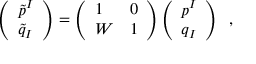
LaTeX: \left( \begin{array} { l } { { \tilde { p } ^ { I } } } \\ { { \tilde { q } _ { I } } } \end{array} \right) = \left( \begin{array} { l l } { { 1 } } & { { 0 } } \\ { { W } } & { { 1 } } \end{array} \right) \left( \begin{array} { l } { { p ^ { I } } } \\ { { q _ { I } } } \end{array} \right) \; \; ,